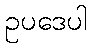
ဥပဒေပါ